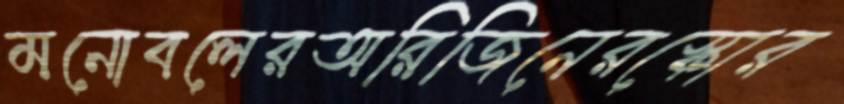
মনোবলেরঅরিজিনেরস্কোর